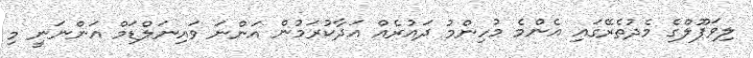
ލިވަޕޫލްގެ މެދުތެރޭގައި އެންމެ މުހިންމު ދައުރެއް އަދާކުރަމުން އަންނަ ވައިނަލްޑަމް އަންނަނީ މި